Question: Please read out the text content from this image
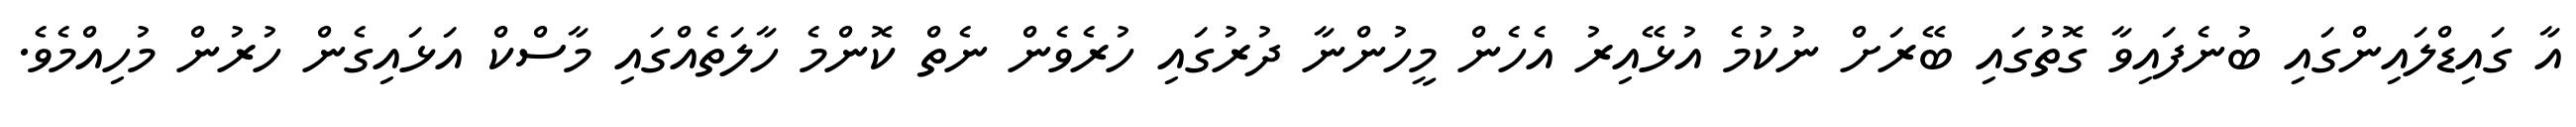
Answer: އާ ގައިޑްލައިންގައި ބުނެފައިވާ ގޮތުގައި ބޭރަށް ނުކުމެ އުޅޭއިރު އެހެން މީހުންނާ ދުރުގައި ހުރެވެން ނެތް ކޮންމެ ހާލަތެއްގައި މާސްކް އަޅައިގެން ހުރުން މުހިއްމެވެ.